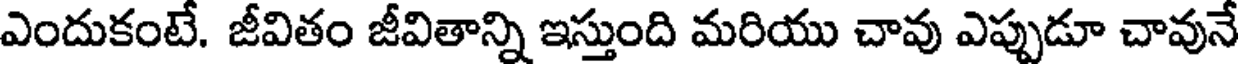
ఎందుకంటే. జీవితం జీవితాన్ని ఇస్తుంది మరియు చావు ఎప్పుడూ చావునే